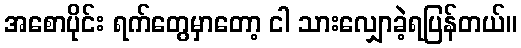
အစောပိုင်း ရက်တွေမှာတော့ ငါ သားလျှောခဲ့ရပြန်တယ်။